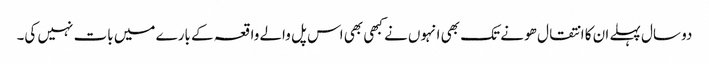
دو سال پہلے ان کا انتقال ھو نے تک بھی انہوں نے کبھی بھی اس پل والے واقعہ کے بارے میں بات نہیں کی۔